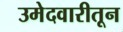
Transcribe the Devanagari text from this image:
उमेदवारीतून